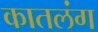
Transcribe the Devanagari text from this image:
कातलंग